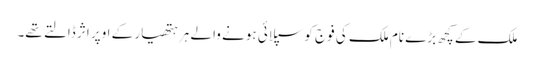
ملک کے کچھ بڑے نام ملک کی فوج کو سپلائی ہونے والے ہر ہتھیار کے اوپر اثر ڈالتے تھے۔